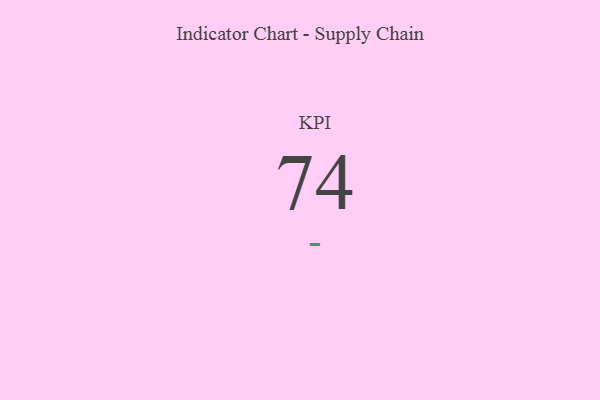
{"axis": {"x": "KPI", "y": "Value"}, "legend": [""], "data": [{"x": "KPI", "y": 74, "type": ""}]}